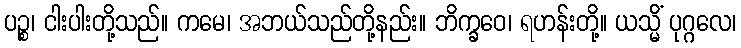
ပဉ္စ၊ ငါးပါးတို့သည်။ ကမေ၊ အဘယ်သည်တို့နည်း။ ဘိက္ခဝေ၊ ရဟန်းတို့။ ယသ္မိံ ပုဂ္ဂလေ၊